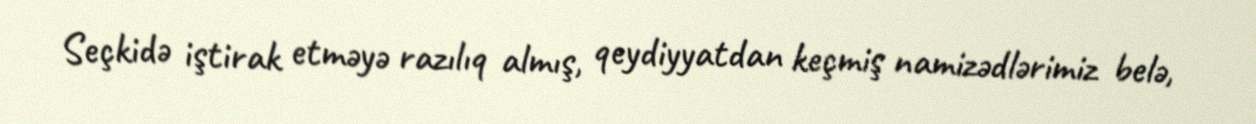
Seçkidə iştirak etməyə razılıq almış, qeydiyyatdan keçmiş namizədlərimiz belə,